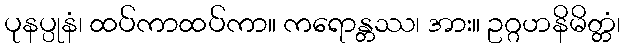
ပုနပ္ပုနံ၊ ထပ်ကာထပ်ကာ။ ကရောန္တဿ၊ အား။ ဥဂ္ဂဟနိမိတ္တံ၊